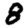
Digit: 8